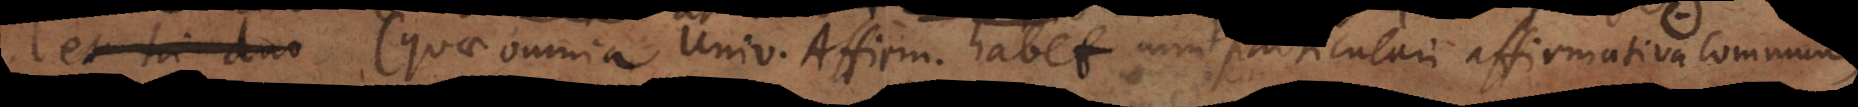
propositio: * quae omnia Universalis Affirmativa habet cum particulari affirmativa commune,